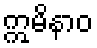
ဣမိနာဝ